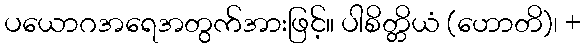
ပယောဂအရေအတွက်အားဖြင့်။ ပါစိတ္တိယံ (ဟောတိ)၊ +